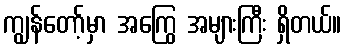
ကျွန်တော့်မှာ အကြွေ အများကြီး ရှိတယ်။